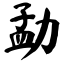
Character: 勐